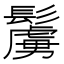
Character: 𩯜